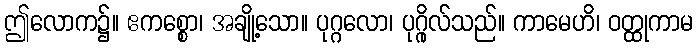
ဤလောက၌။ ဧကစ္စော၊ အချို့သော။ ပုဂ္ဂလော၊ ပုဂ္ဂိုလ်သည်။ ကာမေဟိ၊ ဝတ္ထုကာမ